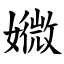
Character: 㜫